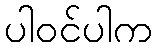
ပါဝင်ပါက